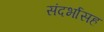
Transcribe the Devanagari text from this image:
संदर्भासह